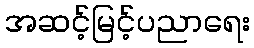
အဆင့်မြင့်ပညာရေး